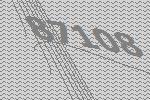
87108